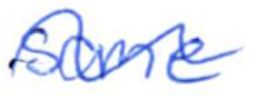
Text: some
Cross-out: wave
Writing tool: ballpoint